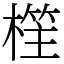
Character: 樦